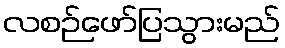
လစဉ်ဖော်ပြသွားမည်